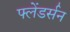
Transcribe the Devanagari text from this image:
फ्लेंडर्सन